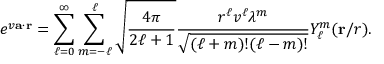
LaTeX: e ^ { v { \mathbf { a } } \cdot { \mathbf { r } } } = \sum _ { \ell = 0 } ^ { \infty } \sum _ { m = - \ell } ^ { \ell } { \sqrt { \frac { 4 \pi } { 2 \ell + 1 } } } { \frac { r ^ { \ell } v ^ { \ell } { \lambda ^ { m } } } { \sqrt { ( \ell + m ) ! ( \ell - m ) ! } } } Y _ { \ell } ^ { m } ( \mathbf { r } / r ) .